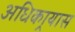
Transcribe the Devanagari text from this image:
अधिकार्‍यास